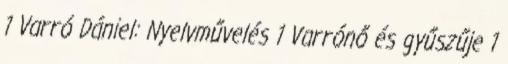
1 Varró Dániel: Nyelvművelés 1 Varrónő és gyűszűje 1